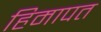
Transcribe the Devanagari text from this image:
हिमापत